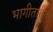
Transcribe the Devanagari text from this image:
भागीतारीत